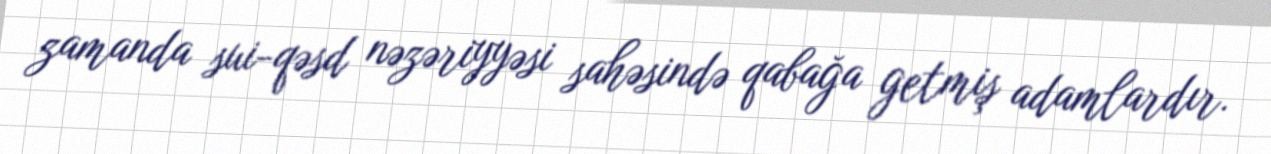
zamanda sui-qəsd nəzəriyyəsi sahəsində qabağa getmiş adamlardır.